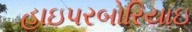
હાઇપરબોરિયાઇ